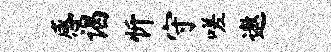
感谒忻守嗟遨